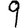
Digit: 9